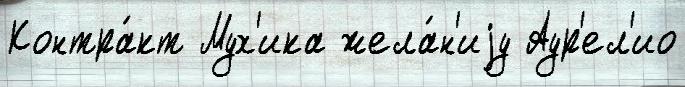
Контра́кт Мух'ика жела́н'иjу Аур'ел'ио